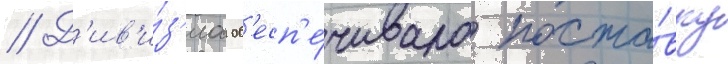
// Д'ив'и́з'иа об'есп'е́чивала поста́вку